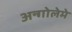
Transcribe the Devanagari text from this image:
अन्गोलेमे